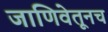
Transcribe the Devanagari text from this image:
जाणिवेतूनच